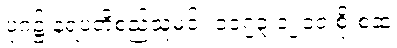
ပုဂံ၌ နရပတိစည်သူမင်း ၁၁၇၃ ၁၂၁၀ စိုးစံဆဲ